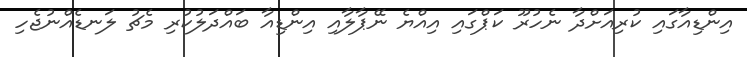
އިންޑިއާގައި ކުރިއަށްދާ ނެހުރޫ ކަޕްގައި އިއްޔެ ނޭޕާލާއި އިންޑިއާ ބައްދަލުކުރި މެޗު ލަނޑެއްނުޖެހި